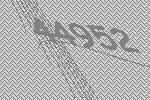
44952